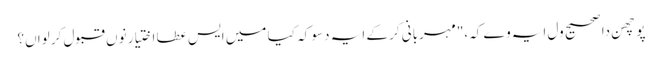
پوچھن دا صحیح ول ایہ وے کہ،"مہربانی کر کے ایہ دسو کہ کیا میں ایس عطا اختیار نوں قبول کر لواں؟